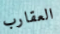
العقارب